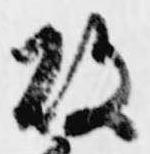
故